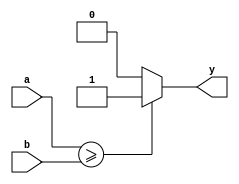
//file compare_8b.v
`timescale 10ns/1ns
module compare_8b(output y,input [7:0]a,input [7:0]b);
  assign y=(a>=b)?1:0;
endmodule